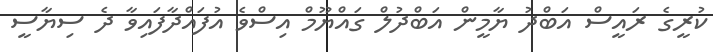
ކުރީގެ ރައީސް އަބްދު ޔާމީން އަބްދުލް ގައްޔޫމް އިސްވެ އުފައްދާފައިވާ ދެ ސިޔާސީ